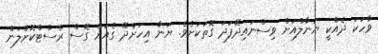
ވާހަކަ ދެއްކީ ޔަނާލްއަށް ވިސްނައިދޭފަދަ ގޮތަކަށެވެ. ޔަނާ އިހަށްދޭ ގެއަށް ގޮސް ރެސްޓްކޮށްލަން